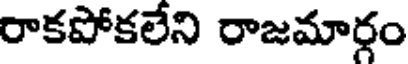
రాకపోకలేని రాజమార్గం